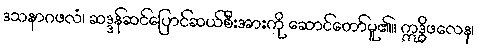
ဒသနာဂဖလံ၊ ဆဒ္ဒန်ဆင်ပြောင်ဆယ်စီးအားကို ဆောင်တော်မူ၏။ ဣဒ္ဓိဖလေန၊